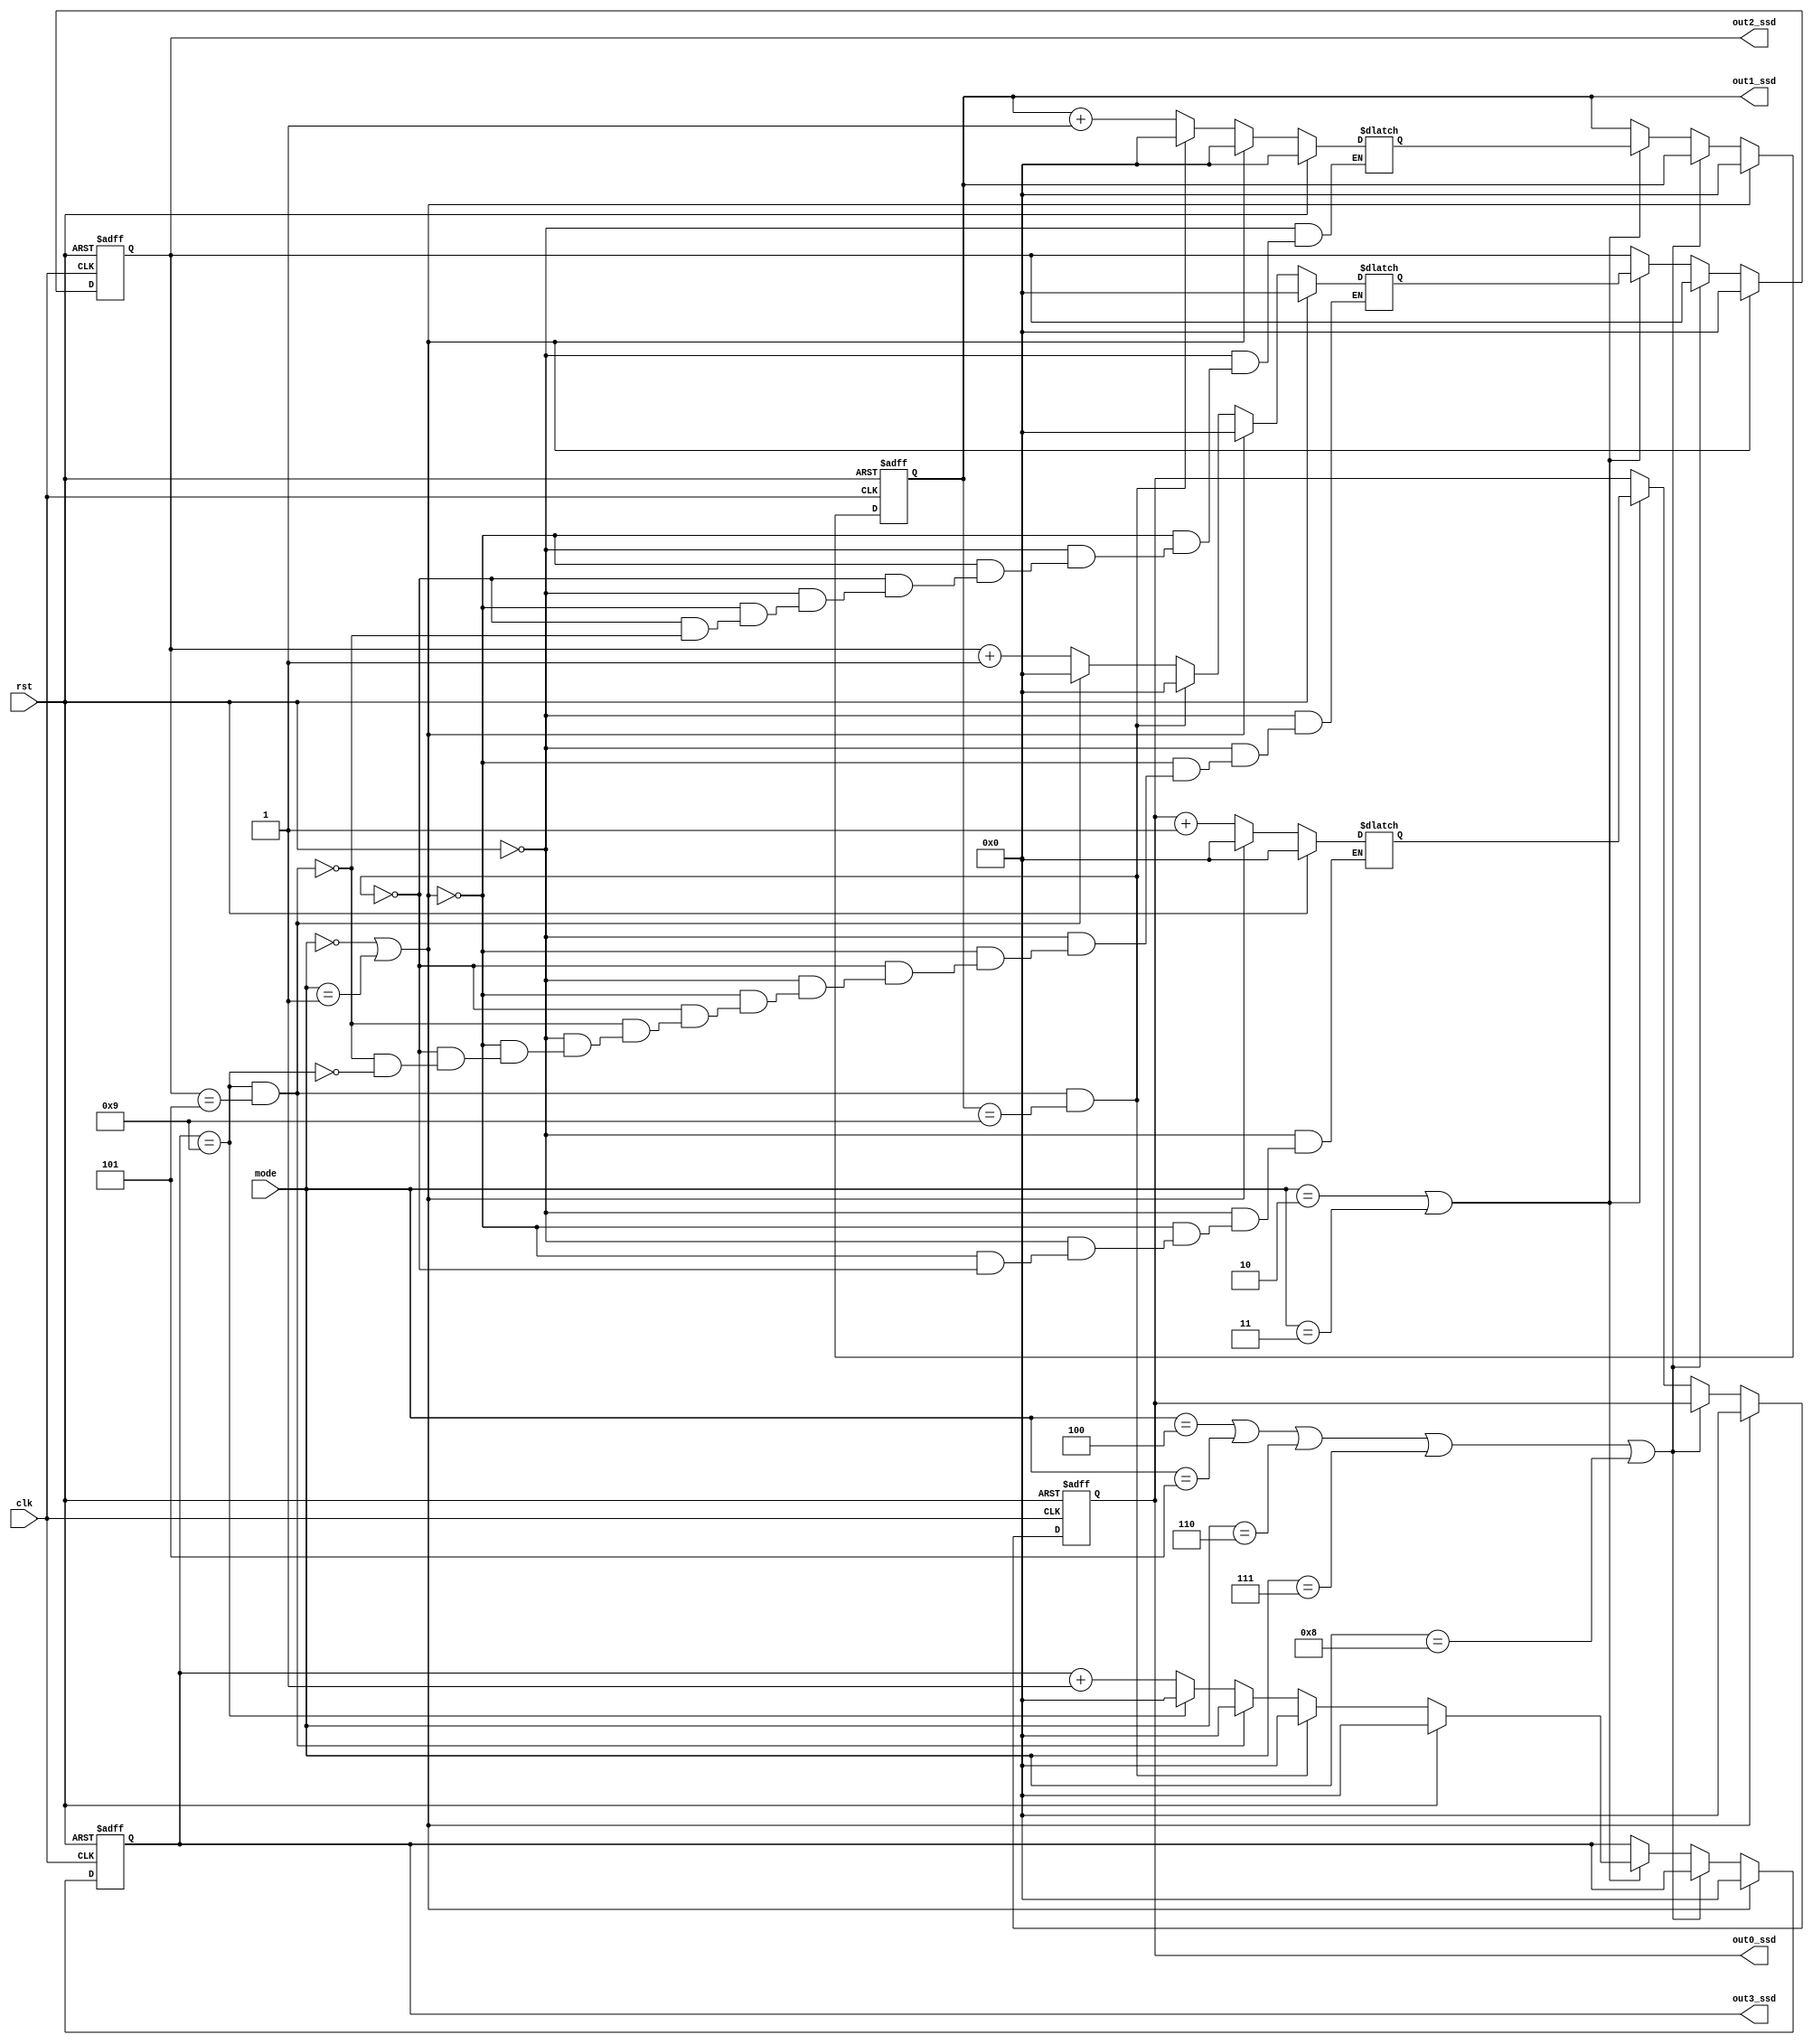
`define sel_song1 4'b0000
`define sel_song2 4'b0001
`define play1 4'b0010
`define play2 4'b0011
`define ending 4'b0100
`define play1_ps 4'b0101
`define play1_pm 4'b0110
`define play2_ps 4'b0111
`define play2_pm 4'b1000
`timescale 1ns / 1ps
module timer(
    input [3:0] mode,
    input clk,
    input rst,
    output reg [3:0]out3_ssd,
    output reg [3:0]out2_ssd,
    output reg [3:0]out1_ssd,
    output reg [3:0]out0_ssd
    );

reg [3:0] out3_ssd_next; 
reg [3:0] out2_ssd_next;
reg [3:0] out1_ssd_next;
reg [3:0] out0_ssd_next;

always@*
begin
    if (rst)
    begin
        out3_ssd_next = 0;
        out2_ssd_next = 0;
        out1_ssd_next = 0;
        out0_ssd_next = 0;
    end
    else if (mode == `sel_song1 | mode == `sel_song2)
    begin
        out3_ssd_next = 0;
        out2_ssd_next = 0;
        out1_ssd_next = 0;
        out0_ssd_next = 0;
    end
    else if (out3_ssd == 9 & out2_ssd == 5 & out1_ssd == 9) 
    begin
        out3_ssd_next = 0;
        out2_ssd_next = 0;
        out1_ssd_next = 0;
        out0_ssd_next = out0_ssd + 1;
    end
    else if(out3_ssd == 9 & out2_ssd == 5)
    begin
        out3_ssd_next = 0;
        out2_ssd_next = 0;
        out1_ssd_next = out1_ssd + 1;
    end
    else if (out3_ssd == 9)
    begin
        out3_ssd_next = 0;
        out2_ssd_next = out2_ssd + 1;
    end
    else out3_ssd_next = out3_ssd + 1;
end

always@ (posedge clk or posedge rst)
if (rst)
begin
    out3_ssd <= 0;   
    out2_ssd <= 0;
    out1_ssd <= 0;
    out0_ssd <= 0;  
end
else if (mode == `sel_song1 | mode == `sel_song2)
begin
    out3_ssd <= 0;   
    out2_ssd <= 0;
    out1_ssd <= 0;
    out0_ssd <= 0;    
end
else if (mode == `ending | mode == `play1_ps | mode == `play1_pm | mode == `play2_ps | mode == `play2_pm)
begin
    out3_ssd <= out3_ssd;   
    out2_ssd <= out2_ssd;
    out1_ssd <= out1_ssd;
    out0_ssd <= out0_ssd;
end
else if (mode == `play1 | mode == `play2)
begin
    out0_ssd <= out0_ssd_next;
    out1_ssd <= out1_ssd_next;
    out2_ssd <= out2_ssd_next;
    out3_ssd <= out3_ssd_next;    
end
endmodule